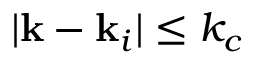
| \mathbf { k } - \mathbf { k } _ { i } | \leq k _ { c }